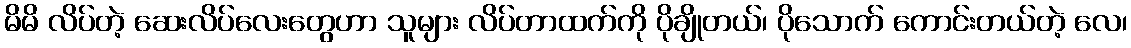
မိမိ လိပ်တဲ့ ဆေးလိပ်လေးတွေဟာ သူများ လိပ်တာထက်ကို ပိုချိုတယ်၊ ပိုသောက် ကောင်းတယ်တဲ့ လေ၊